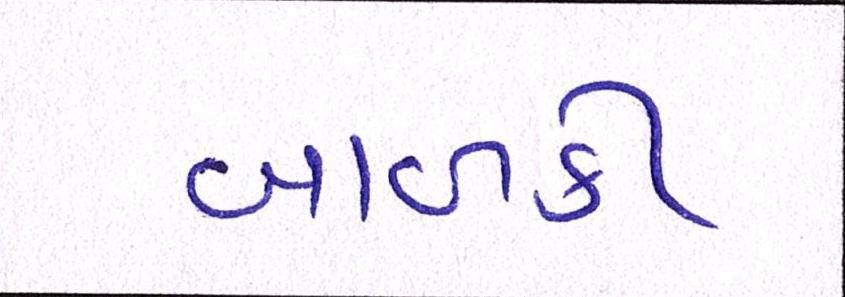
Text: બાળકી